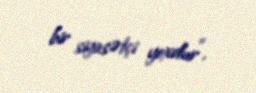
bir siyasətçi yoxdur”.